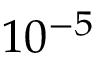
\displaystyle { 1 0 ^ { - 5 } }